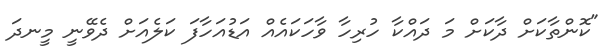
"ކޮންތާކަށް ދާކަށް މަ ދައްކާ ހުރިހާ ވާހަކައެއް އަޑުއަހާފަ ކަލެއަށް ދެވޭނީ މީނދަ